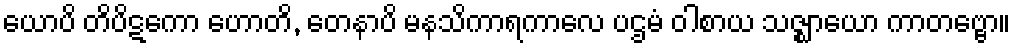
ယောပိ တိပိဋကော ဟောတိ, တေနာပိ မနသိကာရကာလေ ပဌမံ ဝါစာယ သဇ္ဈာယော ကာတဗ္ဗော။